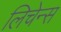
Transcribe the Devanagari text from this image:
लिचेन्स